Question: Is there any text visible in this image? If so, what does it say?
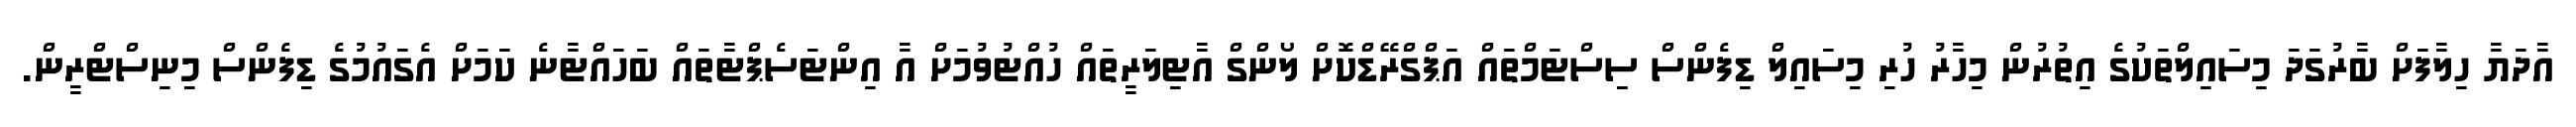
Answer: އާދަޔާ ހިލާފަށް ބާރުގަދަ މިސައިލްތަކުގެ އިތުރުން މިހާރު ހުރި މިސައިލް ޑިފެންސް ސިިސްޓަމްތައް އަޕްގްރޭޑްކޮށް ލޯންގް އާޓިލަރީތައް ހުއްޓުވުމަށް އާ އިންޓަސެޕްޓާތައް ބަހައްޓާނެ ކަމަށް އެގައުމުގެ ޑިފެންސް މިނިސްޓްރީން.